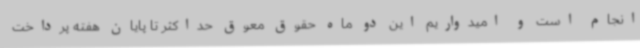
انجام است و امیدواریم این دو ماه حقوق معوق حداکثر تا پایان هفته پرداخت